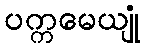
ပက္ကမေယျုံ